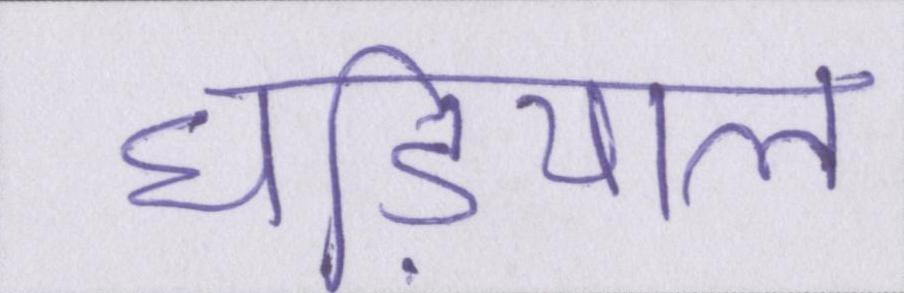
घडि़याल